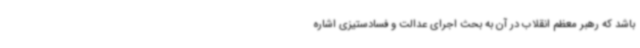
باشد که رهبر معظم انقلاب در آن به بحث اجرای عدالت و فسادستیزی اشاره